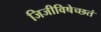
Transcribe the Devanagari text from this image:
जिजीविषेच्छतं